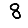
Digit: 8